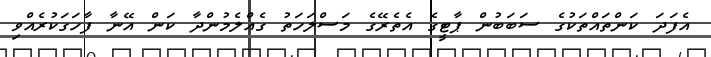
އެފަދަ ކަންތައްތަކުގެ ސަބަބުން ޕާޓީގެ އެތެރޭގެ މަސްލަހަތު ގެއްލެމުންދާ ކަން އޭނާ ފާހަގަކުރެއްވި